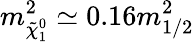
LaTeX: m_{\tilde{\chi}_{1}^{0}}^{2}\simeq 0.16m_{1/2}^{2}